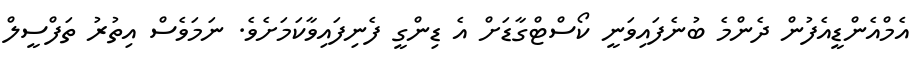
އެމްއެންޑީއެފުން ދެންމެ ބުނެފައިވަނީ ކޯސްޓްގާޑަށް އެ ޑިންގީ ފެނިފައިވާކަމަށެވެ. ނަމަވެސް އިތުރު ތަފްސީލް